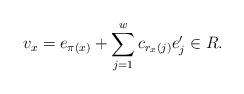
LaTeX: \begin{align*}v_x = e_{\pi(x)} + \sum_{j=1}^w c_{r_x(j)} e_j' \in R.\end{align*}